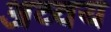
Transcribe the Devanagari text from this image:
अव्वय